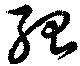
殆